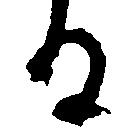
る